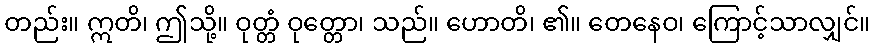
တည်း။ ဣတိ၊ ဤသို့။ ဝုတ္တံ ဝုတ္တော၊ သည်။ ဟောတိ၊ ၏။ တေနေဝ၊ ကြောင့်သာလျှင်။